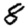
Digit: 8